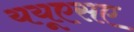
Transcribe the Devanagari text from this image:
ययूएसए